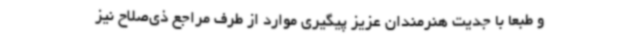
و طبعا با جدیت هنرمندان عزیز پیگیری موارد از طرف مراجع ذی‌صلاح نیز